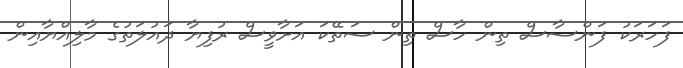
ފަހަރަކު ފަންސާސް ތިން ހާސް ތިން ސަތޭކަ އަށާވީސް ރުފިޔާ ދައުލަތުގެ މާލިއްޔާއިން